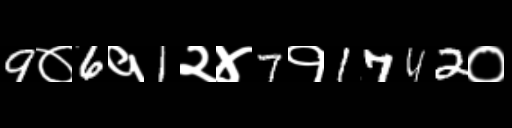
Text: 9०6१1२४7१1742०